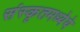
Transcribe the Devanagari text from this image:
संस्कृतमध्येये